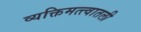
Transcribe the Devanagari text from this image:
व्यक्तिमत्त्वातली